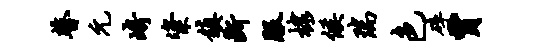
瞽元崎粢镇断服棣候瑞色碎贾